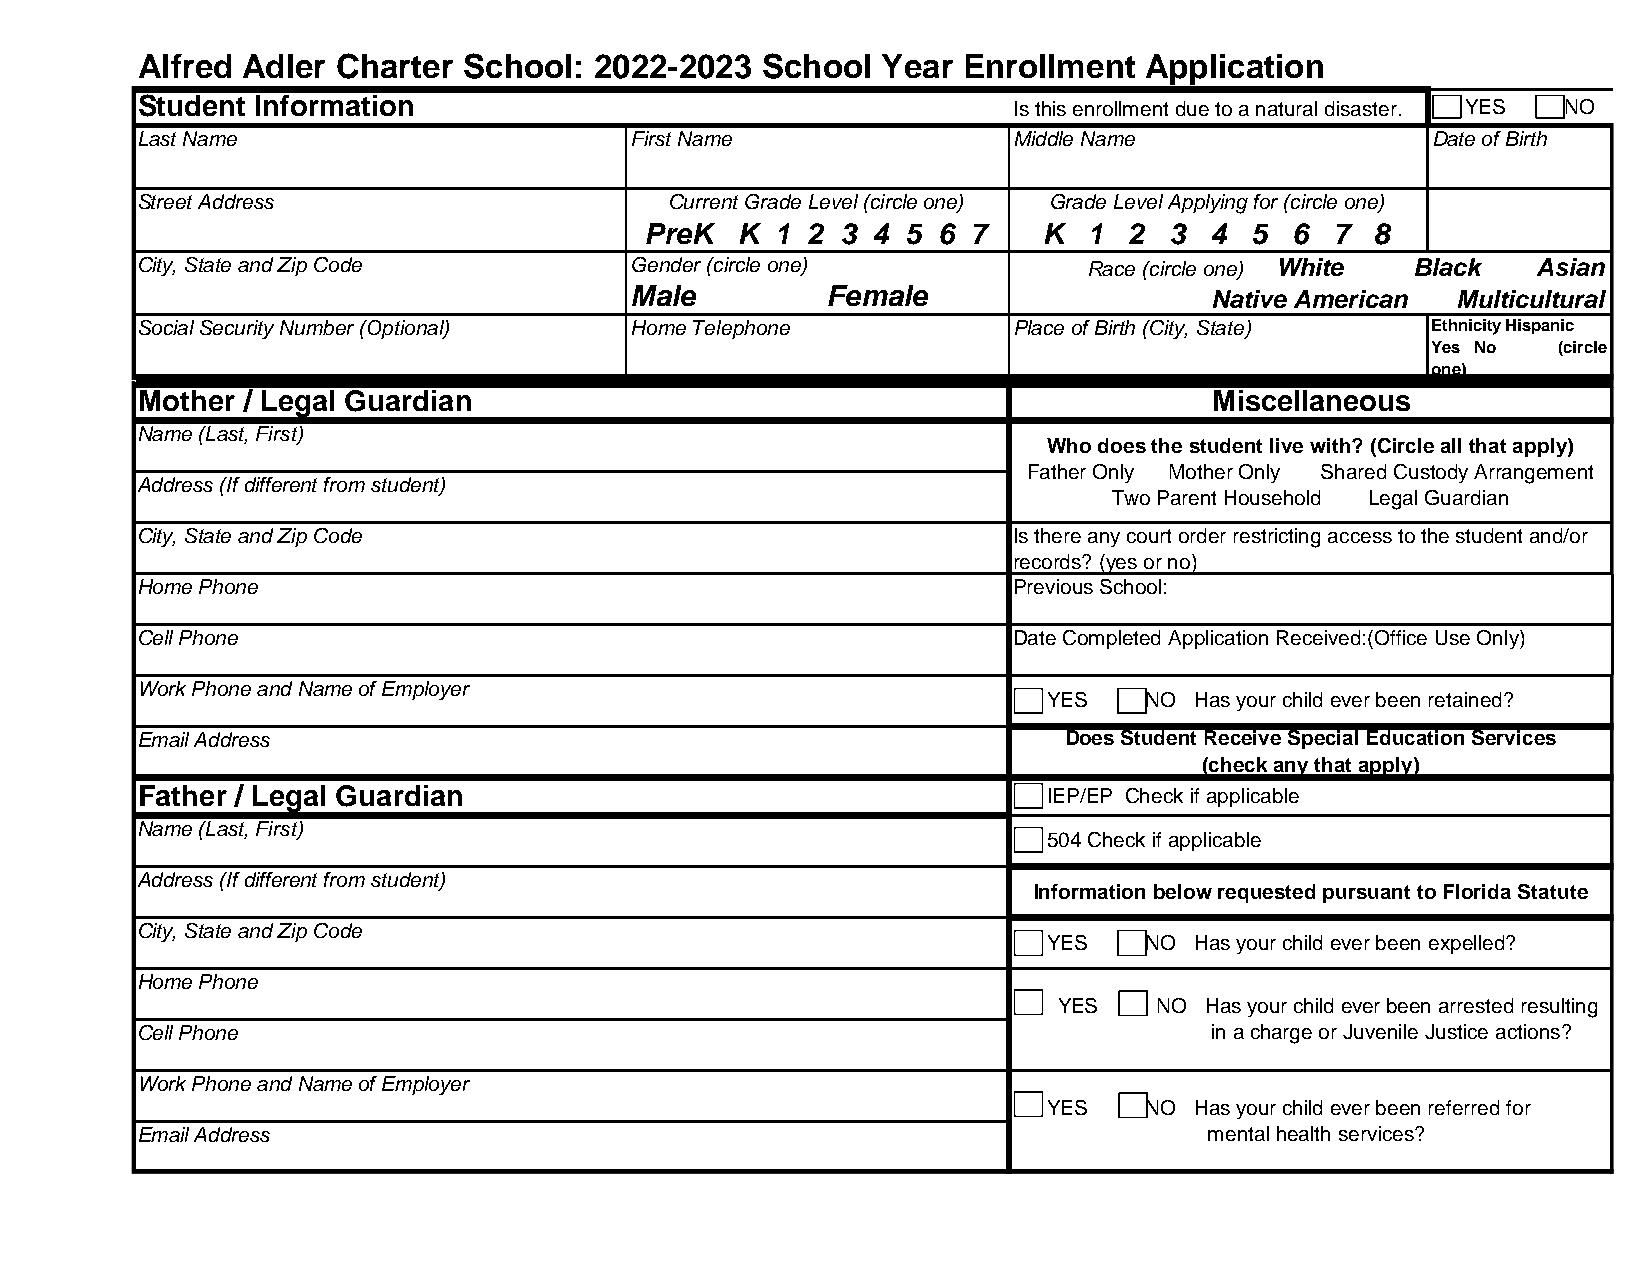
Alfred Adler Charter  School: 2022-2023  School  Year  Enrollment  Application
 Student Information                                       Is this enrollment due to a natural disaster. YES NO
 Last Name                        First Name               Middle Name                 Date of Birth
 Street Address                     Current Grade Level (circle one) G r a d e L e v e l A pplying for (circle one)
 PreK  K 1 2  3 4 5 6 7    K  1  2 3  4  5 6  7  8
 City, State and Zip Code         Gender (circle one)           Race (circle one) White Black Asian
 Male         Female                   Native American Multicultural
 Social Security Number (Optional) Home Telephone          Place of Birth (City, State) Ethnicity Hispanic
 Yes No  (circle
 one)
 Mother / Legal Guardian                                                Miscellaneous
 Name (Last, First)
 Who does the student live with? (Circle all that apply)
 Father Only Mother Only Shared Custody Arrangement
 Address (If different from student)
 Two Parent Household Legal Guardian
 City, State and Zip Code                                  Is there any court order restricting access to the student and/or
 records? (yes or no)
 Home Phone                                                Previous School:
 Cell Phone                                                Date Completed Application Received:(Office Use Only)
 Work Phone and Name of Employer
 YES    NO Has your child ever been retained?
 Email Address                                                Does Student Receive Special Education Services
 (check any that apply)
 Father / Legal Guardian                                     IEP/EP Check if applicable
 Name (Last, First)
 504 Check if applicable
 Address (If different from student)
 Information below requested pursuant to Florida Statute
 City, State and Zip Code
 YES    NO Has your child ever been expelled?
 Home Phone
 YES    NO Has your child ever been arrested resulting
 Cell Phone                                                  ______________in a charge or Juvenile Justice actions?
 Work Phone and Name of Employer
 YES    NO Has your child ever been referred for
 Email Address                                             __________ ______ mental health services?